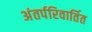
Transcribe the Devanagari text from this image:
अंतर्परिवार्तित